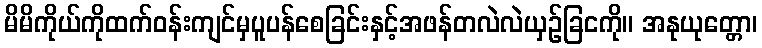
မိမိကိုယ်ကိုထက်ဝန်းကျင်မှပူပန်စေခြင်းနှင့်အဖန်တလဲလဲယှဉ်ခြငကို။ အနုယုတ္တော၊